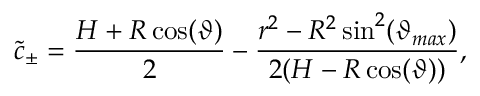
\tilde { c } _ { \pm } = \frac { H + R \cos ( \vartheta ) } { 2 } - \frac { r ^ { 2 } - R ^ { 2 } \sin ^ { 2 } ( \vartheta _ { m a x } ) } { 2 ( H - R \cos ( \vartheta ) ) } ,